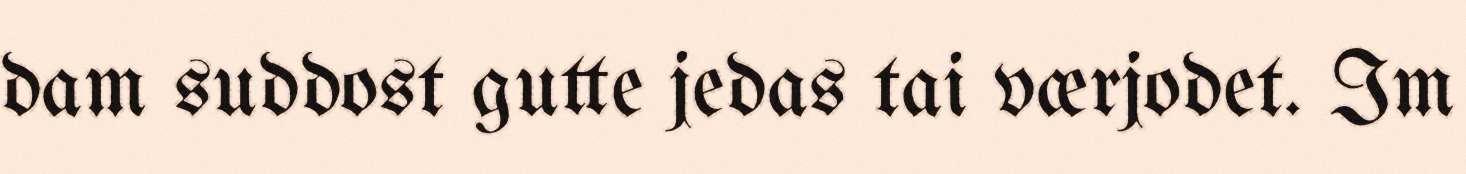
dam suddost gutte jedas tai værjodet. Im